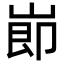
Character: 𡸎